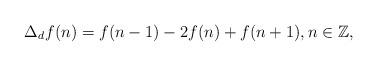
LaTeX: \begin{align*}\Delta_d f(n)=f(n-1)-2f(n)+f(n+1),n\in\mathbb{Z},\end{align*}